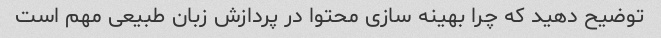
توضیح دهید که چرا بهینه سازی محتوا در پردازش زبان طبیعی مهم است